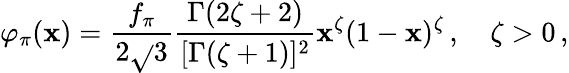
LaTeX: \varphi_{\pi}(\mathbf{x})=\frac{{f_{\pi}}}{{2\sqrt{}{{3}}}}\frac{{\Gamma(2\zeta+2)}}{{[\Gamma(\zeta+1)]^{2}}}\mathbf{x}^{\zeta}(1-\mathbf{x})^{\zeta}\, ,\quad\zeta>0\, ,